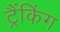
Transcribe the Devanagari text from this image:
ट्रैंकिंग